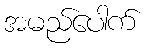
အမည်ပေါက်